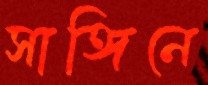
সাঙ্গিনে